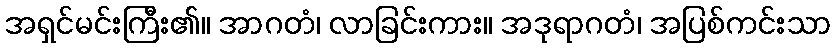
အရှင်မင်းကြီး၏။ အာဂတံ၊ လာခြင်းကား။ အဒုရာဂတံ၊ အပြစ်ကင်းသာ